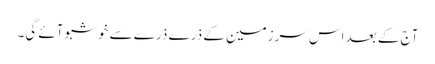
آج کے بعد اس سرزمین کے ذرے ذرے سے خوشبو آئے گی۔